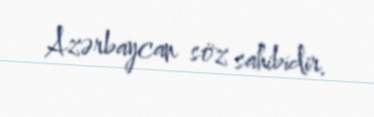
Azərbaycan söz sahibidir.